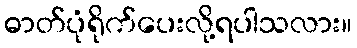
ဓာတ်ပုံရိုက်ပေးလို့ရပါသလား။